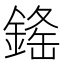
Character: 𨨳